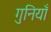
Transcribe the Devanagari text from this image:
गुनियाँ